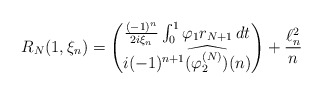
\begin{align*}R_N(1,\xi_n)= \begin{pmatrix}\frac{(-1)^n}{2i\xi_n}\int_0^1\varphi_1r_{N+1}\,dt \\i(-1)^{n+1} \widehat{(\varphi_2^{(N)})}(n)\end{pmatrix}+ \frac{\ell^2_n}{n}\end{align*}